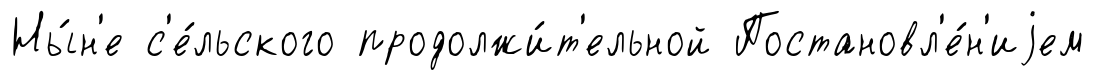
Ны́н'е с'е́льского продолжи́т'ельной Постановл'е́н'иjем